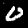
Label: 0